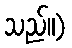
သည်။)